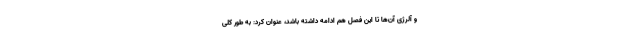
و آلرژی آن‌ها تا این فصل هم ادامه داشته باشد، عنوان کرد: به طور کلی